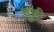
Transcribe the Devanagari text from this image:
चुणी